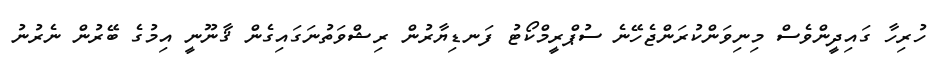
ހުރިހާ ގައިދީންވެސް މިނިވަންކުރަންޖެހޭނެ ސުޕްރީމްކޯޓު ފަނޑިޔާރުން ރިޝްވަތުނަގައިގެން ޤާނޫނީ އިމުގެ ބޭރުން ނެރުނު